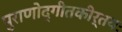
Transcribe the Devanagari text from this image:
पुराणोद्गीतकीर्तयः